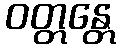
ဝတ္တန္တေ